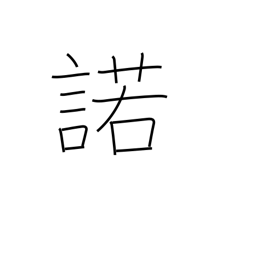
Meaning: assent